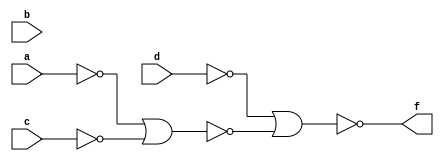
module lab34th(a,b,c,d,f);
input a,b,c,d;
output f;
wire an,cn,dn,g;
assign an = ~(a | a);
assign cn = ~(c | c);
assign dn = ~(d | d);
assign g  = ~(an|cn);
assign f  = ~(dn | g);
endmodule